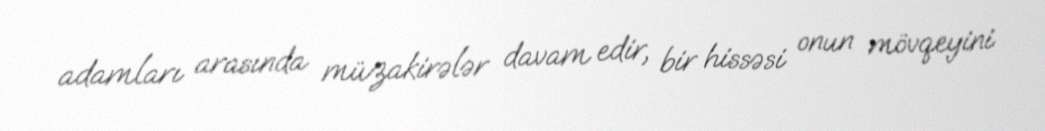
adamları arasında müzakirələr davam edir, bir hissəsi onun mövqeyini